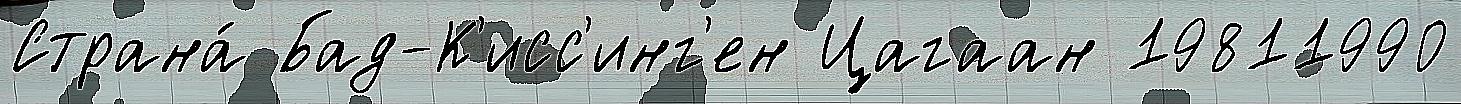
Страна́ Бад-К'исс'инг'ен Цагаан 19811990